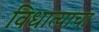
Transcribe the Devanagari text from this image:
विधात्याचा